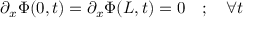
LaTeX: \partial _ { x } \Phi ( 0 , t ) = \partial _ { x } \Phi ( L , t ) = 0 \quad ; \quad \forall t